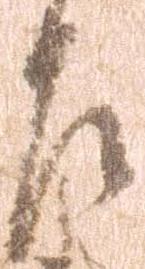
左